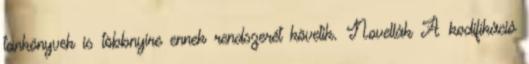
tankönyvek is többnyire ennek rendszerét követik. Novellák A kodifikáció